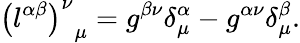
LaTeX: {\left(l^{\alpha\beta}\right)^{\nu}}_{\mu}=g^{\beta\nu}\delta_{\mu}^{\alpha}-g^{\alpha\nu}\delta_{\mu}^{\beta}.